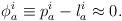
LaTeX: \begin{align*}\phi _{a}^{i}\equiv p_{a}^{i}-l_{a}^{i}\approx 0. \end{align*}